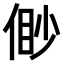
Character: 𠋝